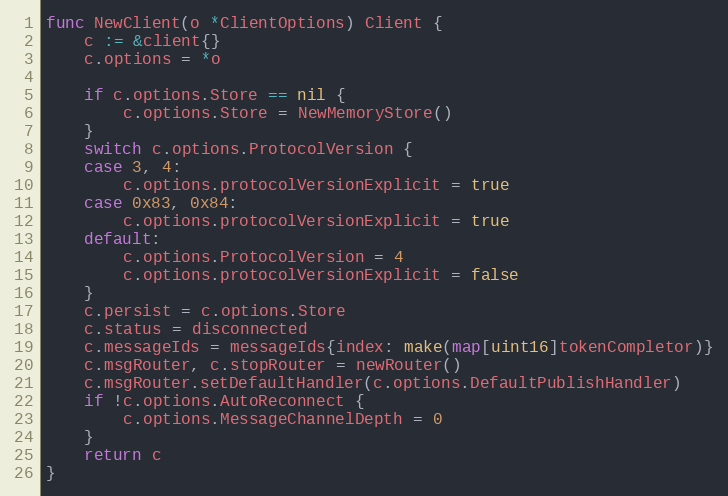
Language: Go
func NewClient(o *ClientOptions) Client {
	c := &client{}
	c.options = *o

	if c.options.Store == nil {
		c.options.Store = NewMemoryStore()
	}
	switch c.options.ProtocolVersion {
	case 3, 4:
		c.options.protocolVersionExplicit = true
	case 0x83, 0x84:
		c.options.protocolVersionExplicit = true
	default:
		c.options.ProtocolVersion = 4
		c.options.protocolVersionExplicit = false
	}
	c.persist = c.options.Store
	c.status = disconnected
	c.messageIds = messageIds{index: make(map[uint16]tokenCompletor)}
	c.msgRouter, c.stopRouter = newRouter()
	c.msgRouter.setDefaultHandler(c.options.DefaultPublishHandler)
	if !c.options.AutoReconnect {
		c.options.MessageChannelDepth = 0
	}
	return c
}